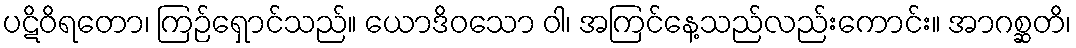
ပဋိဝိရတော၊ ကြဉ်ရှောင်သည်။ ယောဒိဝသော ဝါ၊ အကြင်နေ့သည်လည်းကောင်း။ အာဂစ္ဆတိ၊